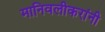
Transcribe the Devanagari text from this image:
मानिवलीकरांनी